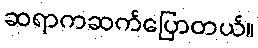
ဆရာကဆက်ပြောတယ်။